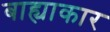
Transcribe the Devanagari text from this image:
बाह्याकार